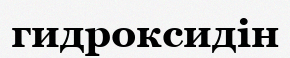
гидроксидін